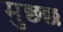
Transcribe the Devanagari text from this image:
मुछ्छ